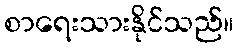
စာရေးသားနိုင်သည်။